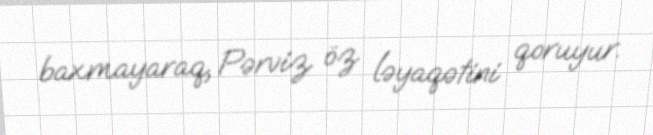
baxmayaraq, Pərviz öz ləyaqətini qoruyur.